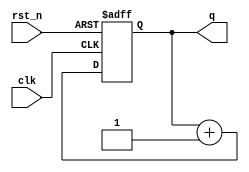
`timescale 1ns / 1ps
//////////////////////////////////////////////////////////////////////////////////
// Company: 
// Engineer: 
// 
// Design Name: 
// Module Name: binary_counter
// Project Name: 
// Target Devices: 
// Tool Versions: 
// Description: 
// 
// Dependencies: 
// 
// Revision:
// Revision 0.01 - File Created
// Additional Comments:
// 
//////////////////////////////////////////////////////////////////////////////////


module binary_counter(
    output reg [3:0] q,
    input clk,
    input rst_n
    );
    
    reg [3:0] q_aux;
    
    //1st version requires two blocks: combinatorial and sequencial
    always @*
        q_aux = q + 1'b1;
        
    always @(posedge clk or negedge rst_n) //when the clock changes from 0 to 1
        if(~rst_n) q<=4'b0;
        else q<=q_aux;
    
    
    /* 2nd version
    always @(posedge clk or negedge rst_n)
        if(!rst_n) q <=0;
        else q<=q+1;
    */
endmodule